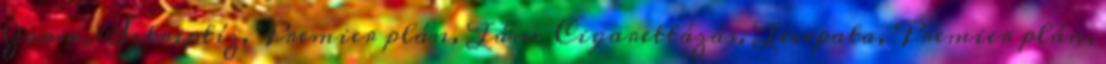
Zoom, Sztriptíz, Premier plán, Tánc Cigarettázás, Tevepata, Premier plán,